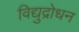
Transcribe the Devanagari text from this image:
विद्युद्रोधन